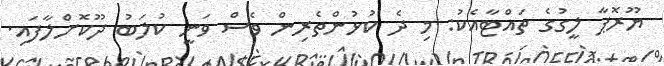
ޔޫރޮޕާ ލީގުގެ ތައްޓާއެކު: މި ދެ ކުޅުންތެރިން ވެސް ވަނީ ކުލަބު ދޫކޮށްލާފައި.